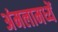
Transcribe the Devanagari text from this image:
अंमलामध्यें